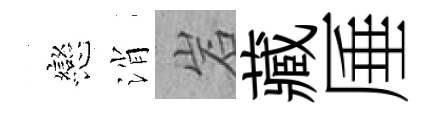
戀消岩藏厜